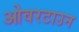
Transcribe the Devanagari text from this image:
ओवरटाउन